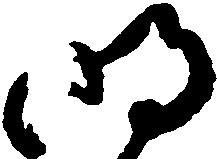
明